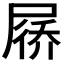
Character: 𪨗